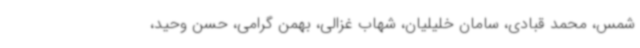
شمس، محمد قبادی، سامان خلیلیان، شهاب غزالی، بهمن گرامی، حسن وحید،